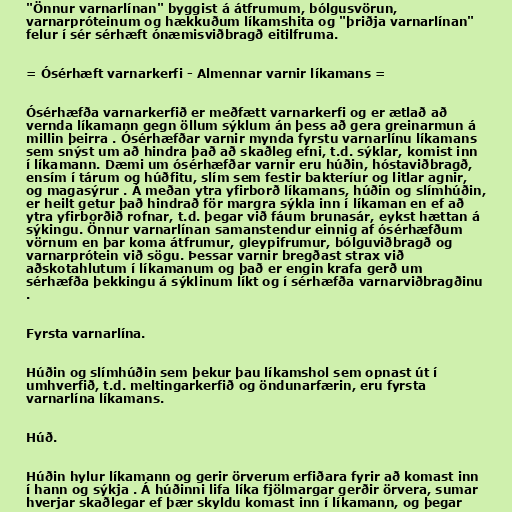
"Önnur varnarlínan" byggist á átfrumum, bólgusvörun,
varnarpróteinum og hækkuðum líkamshita og "þriðja varnarlínan"
felur í sér sérhæft ónæmisviðbragð eitilfruma.

= Ósérhæft varnarkerfi - Almennar varnir líkamans =

Ósérhæfða varnarkerfið er meðfætt varnarkerfi og er ætlað að
vernda líkamann gegn öllum sýklum án þess að gera greinarmun á
millin þeirra . Ósérhæfðar varnir mynda fyrstu varnarlínu líkamans
sem snýst um að hindra það að skaðleg efni, t.d. sýklar, komist inn
í líkamann. Dæmi um ósérhæfðar varnir eru húðin, hóstaviðbragð,
ensím í tárum og húðfitu, slím sem festir bakteríur og litlar agnir,
og magasýrur . Á meðan ytra yfirborð líkamans, húðin og slímhúðin,
er heilt getur það hindrað för margra sýkla inn í líkaman en ef að
ytra yfirborðið rofnar, t.d. þegar við fáum brunasár, eykst hættan á
sýkingu. Önnur varnarlínan samanstendur einnig af ósérhæfðum
vörnum en þar koma átfrumur, gleypifrumur, bólguviðbragð og
varnarprótein við sögu. Þessar varnir bregðast strax við
aðskotahlutum í líkamanum og það er engin krafa gerð um
sérhæfða þekkingu á sýklinum líkt og í sérhæfða varnarviðbragðinu
.

Fyrsta varnarlína.

Húðin og slímhúðin sem þekur þau líkamshol sem opnast út í
umhverfið, t.d. meltingarkerfið og öndunarfærin, eru fyrsta
varnarlína líkamans.

Húð.

Húðin hylur líkamann og gerir örverum erfiðara fyrir að komast inn
í hann og sýkja . Á húðinni lifa líka fjölmargar gerðir örvera, sumar
hverjar skaðlegar ef þær skyldu komast inn í líkamann, og þegar